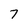
Character: 7